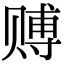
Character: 赙